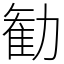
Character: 勧